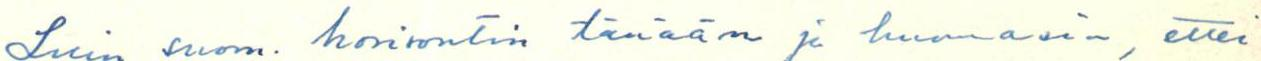
Luin suom. horisontin tänään ja huomasin, ettei